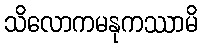
သိလောကမနုကဿာမိ